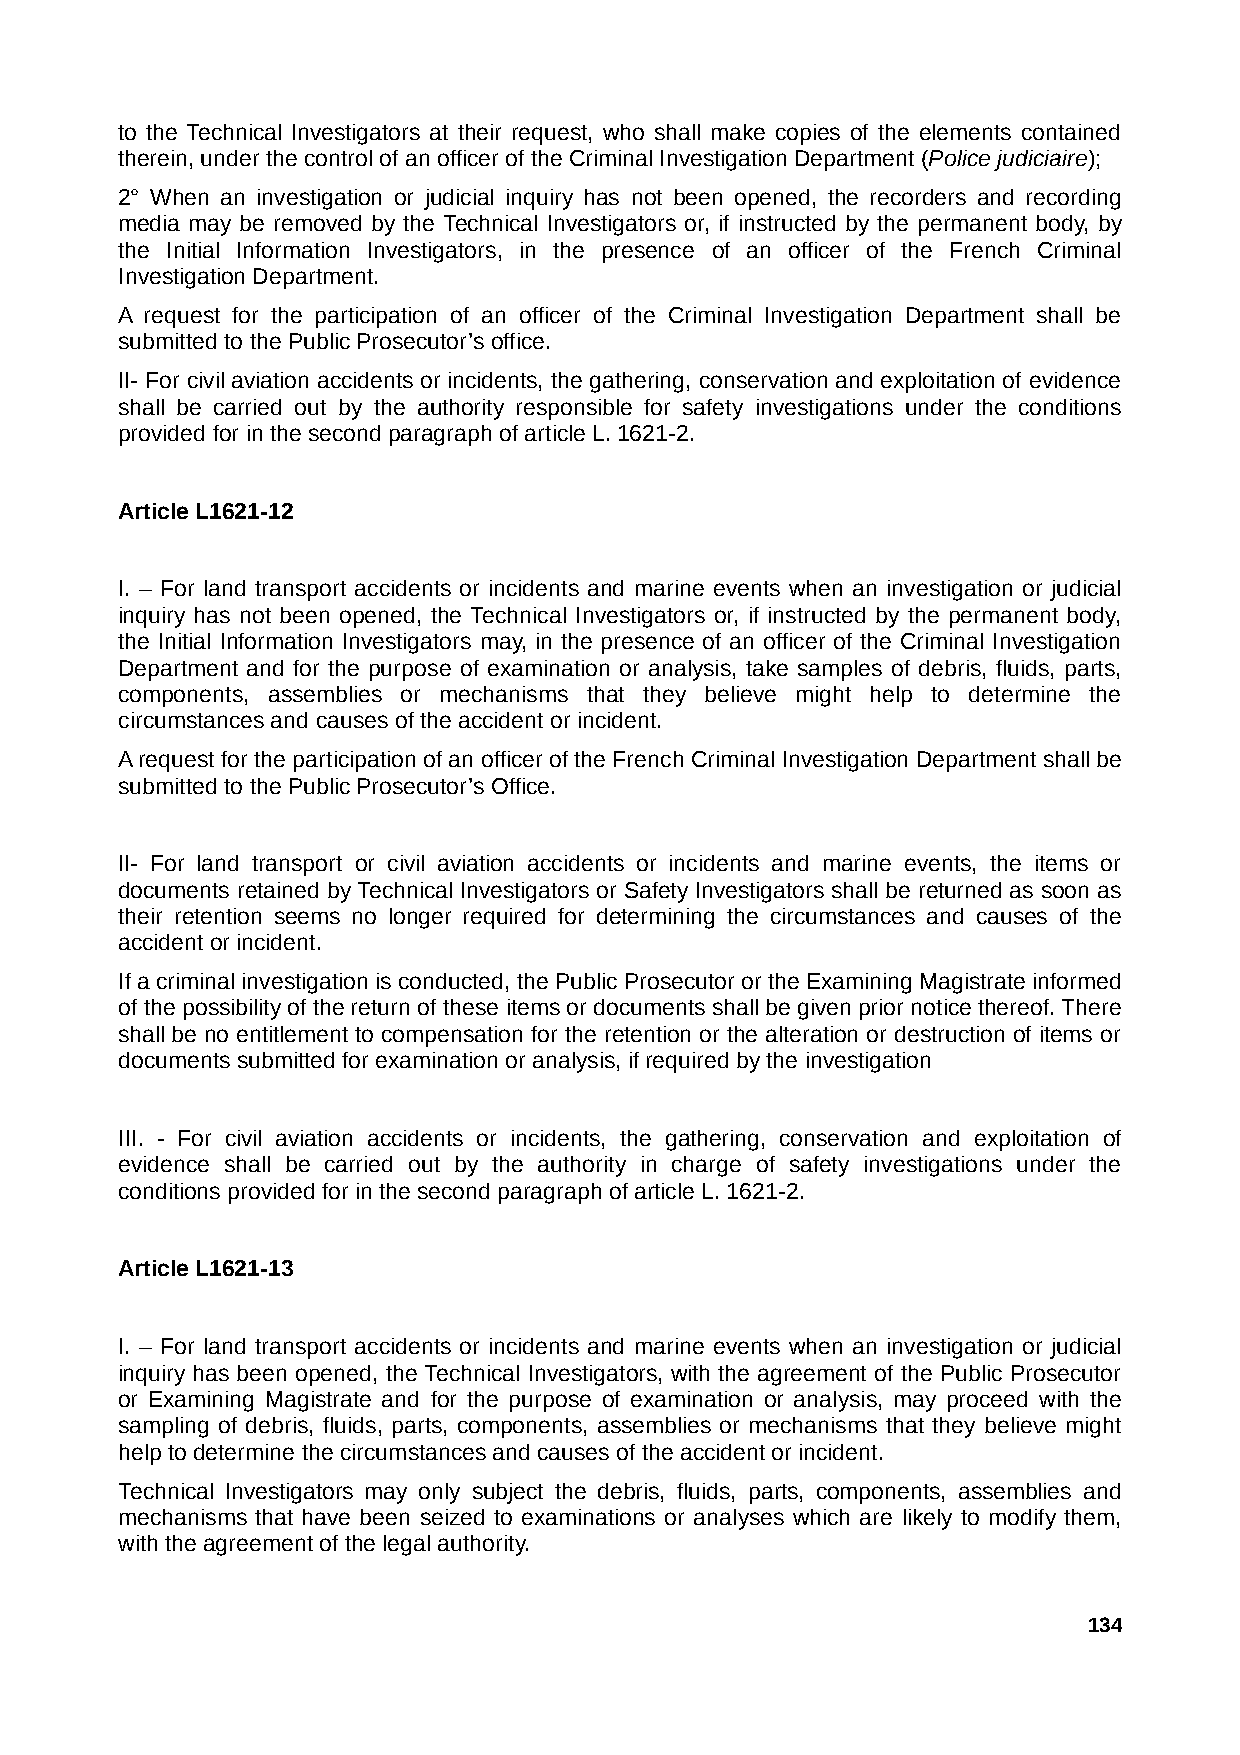
to the Technical Investigators at their request, who shall make copies of the elements contained
 therein, under the control of an officer of the Criminal Investigation Department (Police judiciaire);
 2° When an investigation or judicial inquiry has not been opened, the recorders and recording
 media may be removed by the Technical Investigators or, if instructed by the permanent body, by
 the Initial Information Investigators, in the presence of an officer of the French Criminal
 Investigation Department.
 A request for the participation of an officer of the Criminal Investigation Department shall be
 submitted to the Public Prosecutor’s office.
 II- For civil aviation accidents or incidents, the gathering, conservation and exploitation of evidence
 shall be carried out by the authority responsible for safety investigations under the conditions
 provided for in the second paragraph of article L. 1621-2.
 Article L1621-12
 I. – For land transport accidents or incidents and marine events when an investigation or judicial
 inquiry has not been opened, the Technical Investigators or, if instructed by the permanent body,
 the Initial Information Investigators may, in the presence of an officer of the Criminal Investigation
 Department and for the purpose of examination or analysis, take samples of debris, fluids, parts,
 components, assemblies or mechanisms that they believe might help to determine the
 circumstances and causes of the accident or incident.
 A request for the participation of an officer of the French Criminal Investigation Department shall be
 submitted to the Public Prosecutor’s Office.
 II- For land transport or civil aviation accidents or incidents and marine events, the items or
 documents retained by Technical Investigators or Safety Investigators shall be returned as soon as
 their retention seems no longer required for determining the circumstances and causes of the
 accident or incident.
 If a criminal investigation is conducted, the Public Prosecutor or the Examining Magistrate informed
 of the possibility of the return of these items or documents shall be given prior notice thereof. There
 shall be no entitlement to compensation for the retention or the alteration or destruction of items or
 documents submitted for examination or analysis, if required by the investigation
 III. - For civil aviation accidents or incidents, the gathering, conservation and exploitation of
 evidence shall be carried out by the authority in charge of safety investigations under the
 conditions provided for in the second paragraph of article L. 1621-2.
 Article L1621-13
 I. – For land transport accidents or incidents and marine events when an investigation or judicial
 inquiry has been opened, the Technical Investigators, with the agreement of the Public Prosecutor
 or Examining Magistrate and for the purpose of examination or analysis, may proceed with the
 sampling of debris, fluids, parts, components, assemblies or mechanisms that they believe might
 help to determine the circumstances and causes of the accident or incident.
 Technical Investigators may only subject the debris, fluids, parts, components, assemblies and
 mechanisms that have been seized to examinations or analyses which are likely to modify them,
 with the agreement of the legal authority.
 134